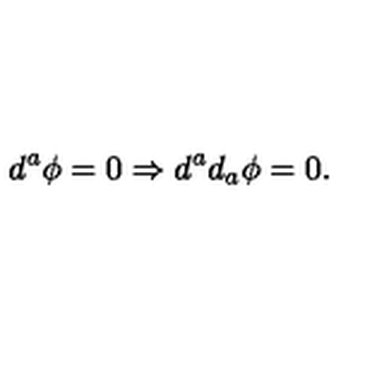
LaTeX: d ^ { a } \phi = 0 \Rightarrow d ^ { a } d _ { a } \phi = 0 .